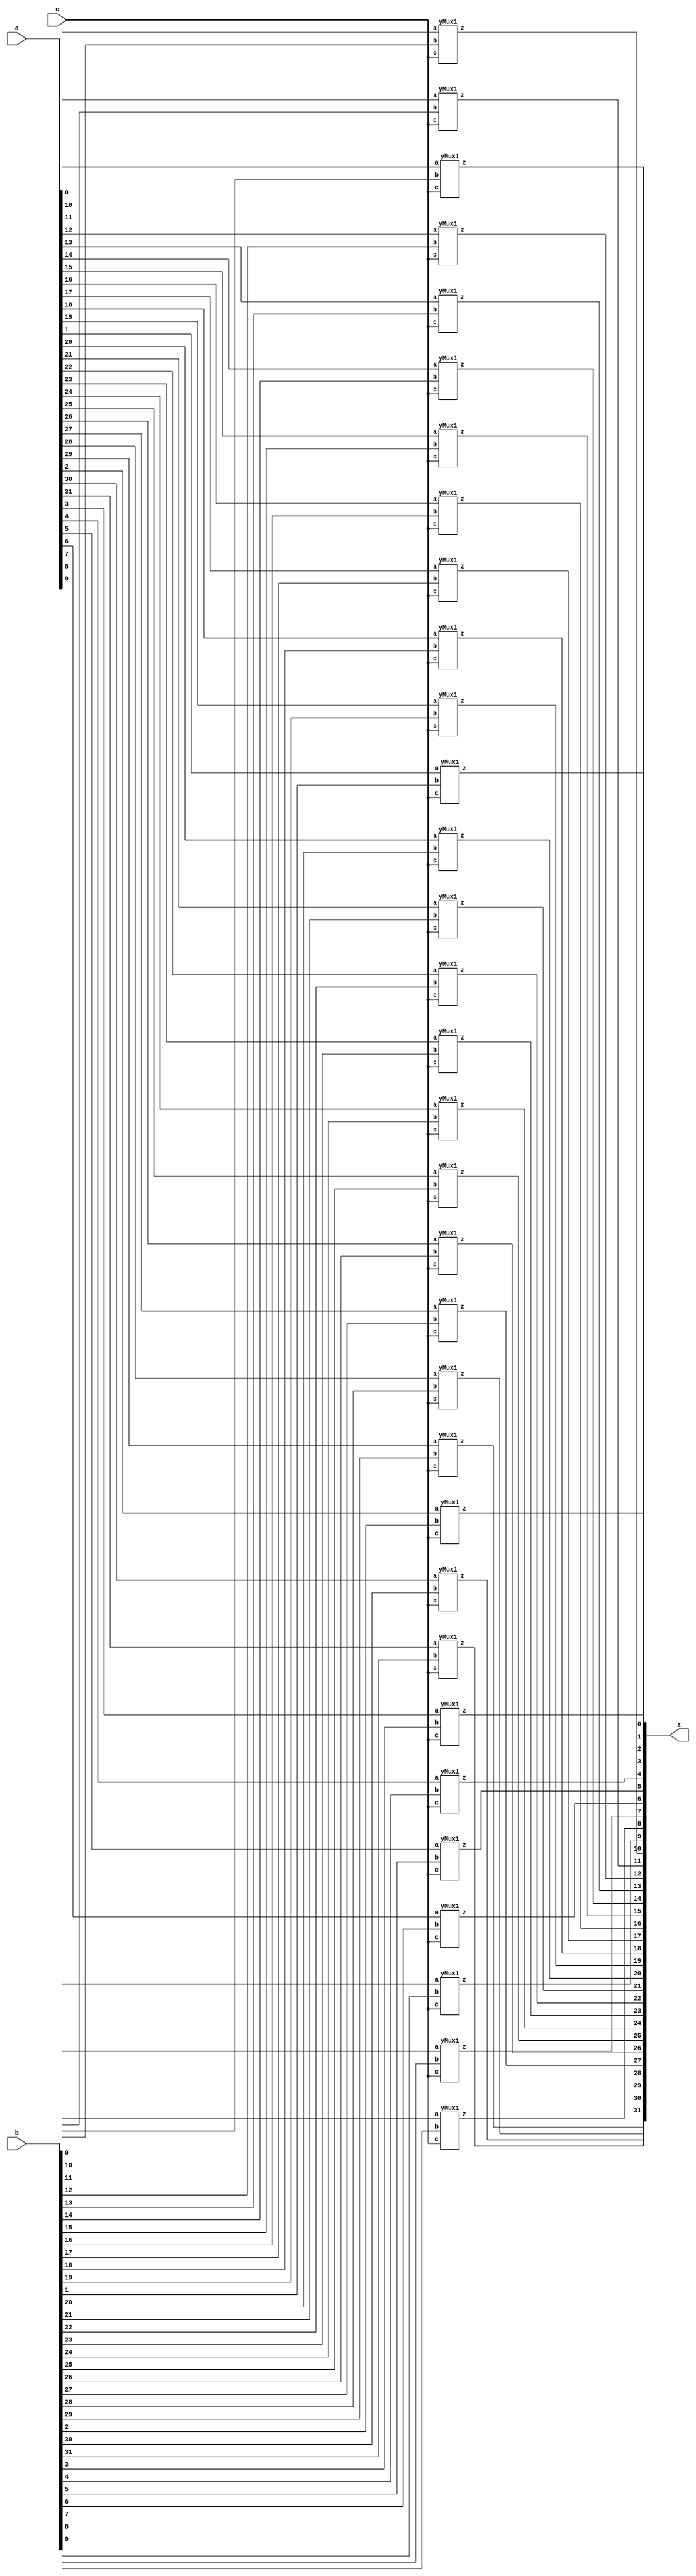
module yMux(z, a, b, c);
    parameter SIZE=32;        //similar to FINAL in java
    output [SIZE-1:0] z;
    input [SIZE-1:0] a,b;
    input c;
    yMux1 mine[SIZE-1:0](z,a,b,c);
endmodule 

module yMux1(z,a,b,c);
    output z;                   //1 bit wire
    input a, b, c;              //1 bit wires
    wire notC, upper, lower; 
    not (notC, c);              //notC=~c
    and upperAnd(lower,a,notC);    //lower= a & ~c
    and lowerAnd(upper, c,b) ;       //upper=c & b
    or (z, upper, lower);            //z= upper | lower
endmodule

module yMux4to1(z, a0,a1,a2,a3, c);
    parameter SIZE = 2;
    output [SIZE-1:0] z;
    input [SIZE-1:0] a0, a1, a2, a3;
    input [1:0] c;
    wire [SIZE-1:0] zLo, zHi;
    yMux #(SIZE) lo(zLo, a0, a1, c[0]);
    yMux #(SIZE) hi(zHi, a2, a3, c[0]);
    yMux #(SIZE) final(z, zLo, zHi, c[1]);
endmodule 

module yAdder1(z, cout, a, b, cin);     //z= (a xor b) xor cin    |    cout=((a xor b)&cin) or (a&b)
    output z, cout;
    input a, b, cin;
    xor left_xor(tmp, a, b);
    xor right_xor(z, cin, tmp);
    and left_and(outL, a, b);
    and right_and(outR, tmp, cin);
    or my_or(cout, outR, outL);
endmodule 

module yAdder(z, cout, a, b, cin);
    parameter SIZE=32;
    output [SIZE-1:0] z;
    output cout;
    input [SIZE-1:0] a, b;
    input cin;
    wire[SIZE-1:0] in, out;
    yAdder1 mine[SIZE-1:0](z, out, a, b, in);
    assign in[0] = cin;
    assign in[SIZE-1:1] = out[SIZE-2:0]; 
    assign cout=out[SIZE-1];
endmodule

module yArith(z, cout, a, b, ctrl);
    output [31:0] z;
    output cout;
    input [31:0] a, b;
    input ctrl;
    wire [31:0] notB, tmp;
    wire cin;
    assign cin=ctrl;
    not NOTB[31:0] (notB, b);
    yMux #(32) mux(tmp, b, notB, cin);
    yAdder adder(z, cout, a, tmp, cin);
endmodule 

module yAlu(z, ex, a, b, op); 
    input [31:0] a, b; 
    input [2:0] op; 
    output [31:0] z; 
    output ex; 
    wire [31:0] andi, ori, arith, sub, slt;
    wire condition;
    assign slt[31:1] = 0;  
    
    //and-----------------------------------------
    and myAnd[31:0](andi, a, b);
    //or------------------------------------------
    or  myOr[31:0](ori, a, b);
    
    //(+-)----------------------------------------
    yArith myArith(arith,null, a, b, op[2]);
    //---------------------------------------------
    //z=operation based on op
    yMux4to1 #(32) myMux (z, andi, ori, arith, slt, op[1:0]);
endmodule

module labL;
    reg signed ctrl; 
    wire signed cout, cin;
    reg [31:0] a, b;
    reg [31:0] expect;
    reg [2:0] op;
    wire ex;
    wire [31:0] z;
    reg ok, flag;
    yAlu mine(z, ex, a, b, op);

    initial
    begin
    repeat (10)
    begin
        a = $random%100;
        b = $random%100;

        op=$random%3;
        if(op === 3'b000)
            expect = a&b;
        if(op === 3'b001)
            expect = a|b;
        if(op === 3'b010)
            expect = a+b;
        if(op === 3'b110)
            expect = a-b;
        
        #1;  
        if(expect===z)
        $display("z=%b", z);
        else $display("FAIL");
    end
    $finish;
    end
endmodule